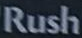
Rush